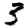
Digit: 3